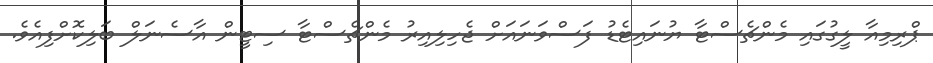
ޕްރިމިއާ ލީގުގައި މެންޗެސްޓާ ޔުނައިޓެޑު ފަސްވަނައަށް ޖެހިލިއިރު މެންޗެސްޓާ ސިޓީން އާސެނަލް ބަލިކޮށްފިއެވެ.